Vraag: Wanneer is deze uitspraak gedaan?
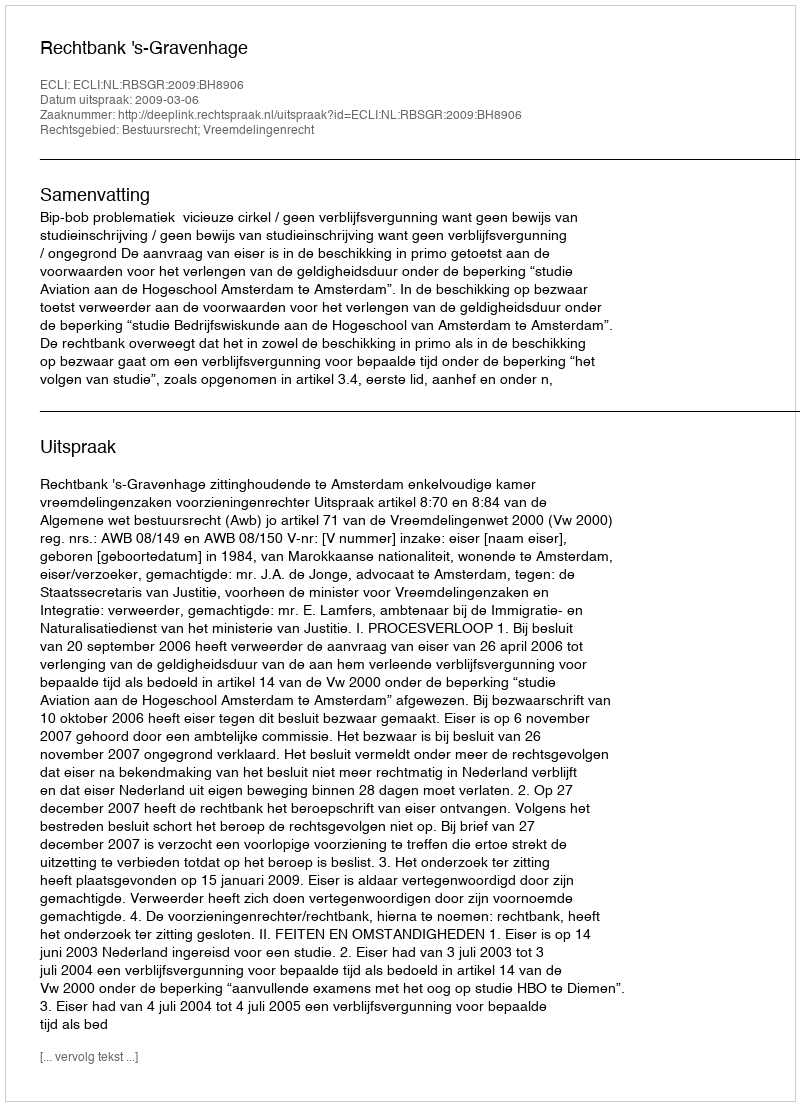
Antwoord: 2009-03-06